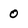
Character: 0